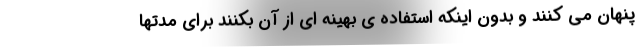
پنهان می کنند و بدون اینکه استفاده ی بهینه ای از آن بکنند برای مدتها